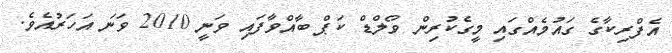
އެފްރިކާގެ ގައުމެއްގައި މީގެކުރިން ވޯލްޑް ކަޕް ބާއްވާފައި ވަނީ 2010 ވަނަ އަހަރުއެވެ.